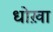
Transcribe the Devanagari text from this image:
धोख़ा